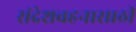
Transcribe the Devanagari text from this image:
संदेशवहनासाठी